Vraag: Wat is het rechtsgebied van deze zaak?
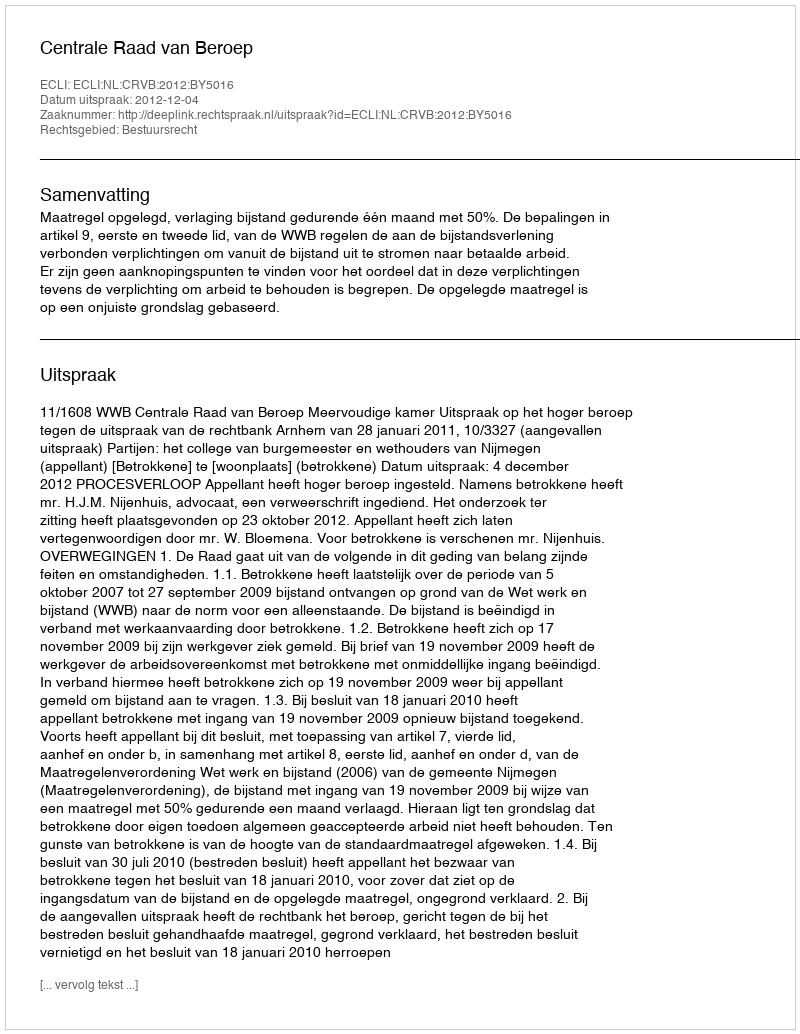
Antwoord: Bestuursrecht